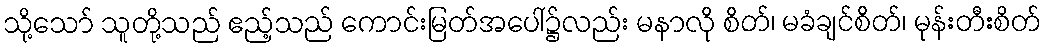
သို့သော် သူတို့သည် ဧည့်သည် ကောင်းမြတ်အပေါ်၌လည်း မနာလို စိတ်၊ မခံချင်စိတ်၊ မုန်းတီးစိတ်